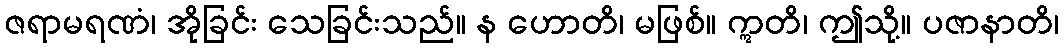
ဇရာမရဏံ၊ အိုခြင်း သေခြင်းသည်။ န ဟောတိ၊ မဖြစ်။ ဣတိ၊ ဤသို့။ ပဇာနာတိ၊